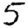
Digit: 5